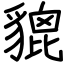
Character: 貔